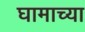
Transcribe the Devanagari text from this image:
घामाच्या